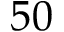
5 0